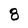
Character: 8